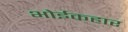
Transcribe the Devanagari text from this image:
भोईकहार